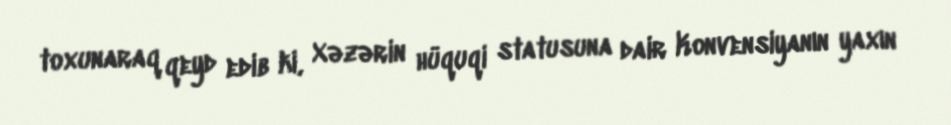
toxunaraq qeyd edib ki, Xəzərin hüquqi statusuna dair Konvensiyanın yaxın